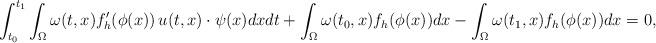
LaTeX: \begin{align*}\int_{t_0}^{t_1} \int_{\Omega} \omega(t,x) f_h'(\phi(x))\, u(t,x)\cdot \psi(x) dxdt +\int_{\Omega} \omega(t_0,x) f_h(\phi(x)) dx - \int_{\Omega} \omega(t_1,x) f_h(\phi(x)) dx =0,\end{align*}